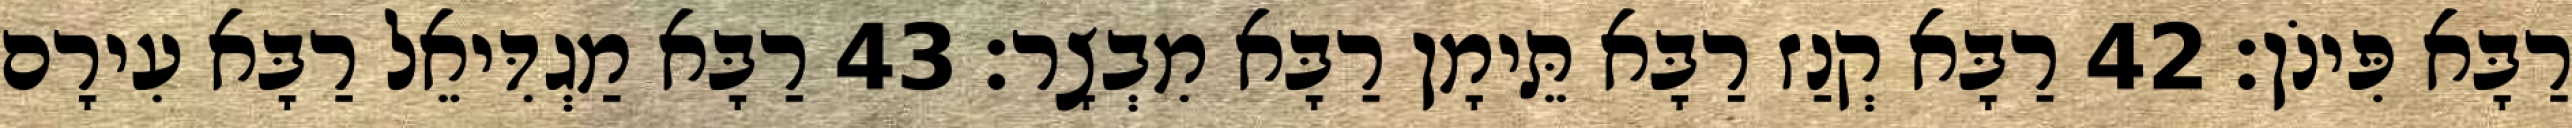
רַבָּא פִּינֹן׃ 42 רַבָּא קְנַז רַבָּא תֵּימָן רַבָּא מִבְצָר׃ 43 רַבָּא מַגְדִּיאֵל רַבָּא עִירָם